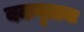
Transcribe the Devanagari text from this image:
बकवृत्तयः